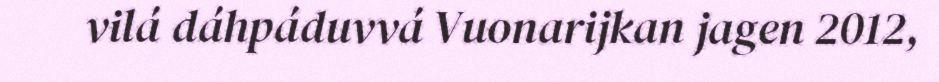
vilá dáhpáduvvá Vuonarijkan jagen 2012,